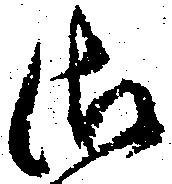
御